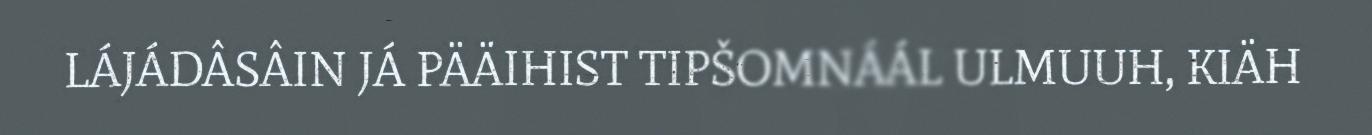
LÁJÁDÂSÂIN JÁ PÄÄIHIST TIPŠOMNÁÁL ULMUUH, KIÄH